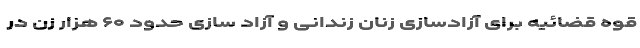
قوه قضائیه برای آزادسازی زنان زندانی و آزاد سازی حدود ۶۰ هزار زن در